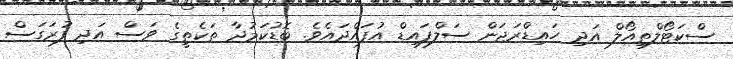
ސްކަޓޯލްތިއޯލް އަދި ހައިޑްރަޖަން ސަލްފައިޑް އުފައްދައެވެ. ބޮޑުކަމުދާ ތަކެތީގެ ވަސް އަދި ފުރަގަސް